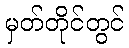
မှတ်တိုင်တွင်